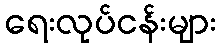
ရေးလုပ်ငန်းများ